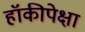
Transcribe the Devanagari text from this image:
हॉकीपेक्षा